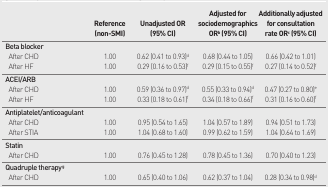
<table><thead><tr><td></td><td><b>Reference (non-SMI)</b></td><td><b>Unadjusted OR (95% CI)</b></td><td><b>Adjusted for sociodemographics OR<sup>b</sup> (95% CI)</b></td><td><b>Additionally adjusted for consultation rate OR<sup>c</sup> (95% CI)</b></td></tr></thead><tbody><tr><td><b>Beta blocker</b></td><td></td><td></td><td></td><td></td></tr><tr><td>After CHD</td><td>1.00</td><td>0.62 (0.41 to 0.93)<sup>d</sup></td><td>0.68 (0.44 to 1.05)</td><td>0.66 (0.42 to 1.01)</td></tr><tr><td>After HF</td><td>1.00</td><td>0.29 (0.16 to 0.53)<sup>f</sup></td><td>0.29 (0.15 to 0.55)<sup>f</sup></td><td>0.27 (0.14 to 0.52)<sup>f</sup></td></tr><tr><td><b>ACEI/ARB</b></td><td></td><td></td><td></td><td></td></tr><tr><td>After CHD</td><td>1.00</td><td>0.59 (0.36 to 0.97)<sup>d</sup></td><td>0.55 (0.33 to 0.94)<sup>d</sup></td><td>0.47 (0.27 to 0.80)<sup>e</sup></td></tr><tr><td>After HF</td><td>1.00</td><td>0.33 (0.18 to 0.61)<sup>f</sup></td><td>0.34 (0.18 to 0.66)<sup>f</sup></td><td>0.31 (0.16 to 0.60)<sup>f</sup></td></tr><tr><td><b>Antiplatelet/anticoagulant</b></td><td></td><td></td><td></td><td></td></tr><tr><td>After CHD</td><td>1.00</td><td>0.95 (0.54 to 1.65)</td><td>1.04 (0.57 to 1.89)</td><td>0.94 (0.51 to 1.73)</td></tr><tr><td>After STIA</td><td>1.00</td><td>1.04 (0.68 to 1.60)</td><td>0.99 (0.62 to 1.59)</td><td>1.04 (0.64 to 1.69)</td></tr><tr><td><b>Statin</b></td><td></td><td></td><td></td><td></td></tr><tr><td>After CHD</td><td>1.00</td><td>0.76 (0.45 to 1.28)</td><td>0.78 (0.45 to 1.36)</td><td>0.70 (0.40 to 1.23)</td></tr><tr><td><b>Quadruple therapy<sup>g</sup></b></td><td></td><td></td><td></td><td></td></tr><tr><td>After CHD</td><td>1.00</td><td>0.65 (0.40 to 1.06)</td><td>0.62 (0.37 to 1.04)</td><td>0.28 (0.34 to 0.98)<sup>d</sup></td></tr></tbody></table>